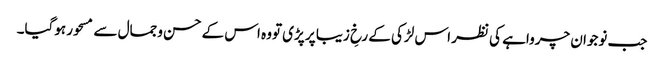
جب نوجوان چرواہے کی نظر اس لڑکی کے رخِ زیبا پر پڑی تووہ اس کے حسن وجمال سے مسحور ہوگیا۔